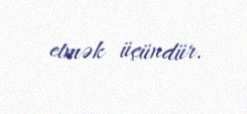
etmək üçündür.